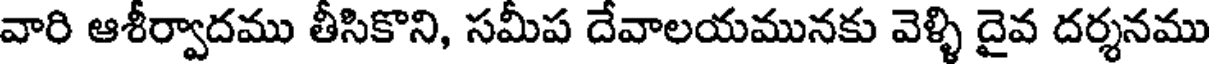
వారి ఆశీర్వాదము తీసికొని, సమీప దేవాలయమునకు వెళ్ళి దైవ దర్శనము